Leaving Certificate Examination, 1909
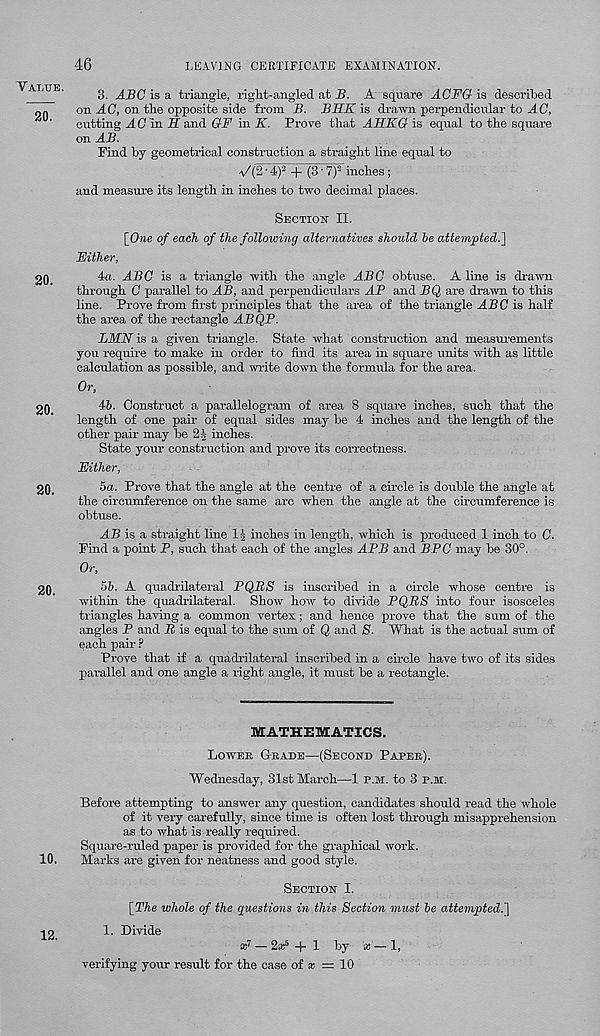
46
LEAVING CERTIFICATE EXAMINATION.
Value.
20.
20.
20.
20.
20.
10.
12.
3. ABC is a triangle, right-angled at B. A square ACFQ is described
on AC, on the opposite side from B. BKK is drawn perpendicular to AC,
cutting ACmS and GF in K. Prove that AHKG is equal to the square
on AB.
Find by geometrical construction a straight line equal to
-v/(2-4) 2 + (3'7) 2 inches;
and measure its length in inches to two decimal places.
Section II.
[One of each of the following alternatives should he attempted.]
Fither,
4a. ABC is a triangle with the angle ABC obtuse. A line is drawn
through C parallel to AB, and perpendiculars AP and BQ are drawn to this
line. Prove from first principles that the area of the triangle ABC is half
the area of the rectangle ABQP.
LMN is a given triangle. State what construction and measurements
you require to make in order to find its area in square units with as little
calculation as possible, and write down the formula for the area.
Or,
46. Construct a parallelogram of area 8 square inches, such that the
length of one pair of equal sides may be 4 inches and the length of the
other pair may be inches.
State your construction and prove its correctness.
Fither,
5a. Prove that the angle at the centre of a circle is double the angle at
the circumference on the same arc when the angle at the circumference is
obtuse.
AB is a straight line 1J inches in length, which is produced 1 inch to C.
Find a point P, such that each of the angles APB and BPC may be 30°.
Or,
56. A quadrilateral PQBS is inscribed in a circle whose centre is
within the quadrilateral. Show how to divide PQBS into four isosceles
triangles having a common vertex; and hence prove that the sum of the
angles P and B is equal to the sum of Q and S. What is the actual sum of
each pair ?
Prove that if a quadrilateral inscribed in a circle have two of its sides
parallel and one angle a right angle, it must be a rectangle.
MATHEMATICS.
Lower Grade—(Second Paper).
Wednesday, 31st March—1 p.m. to 3 p.ar.
Before attempting to answer any question, candidates should read the whole
of it very carefully, since time is often lost through misapprehension
as to what is really required.
Square-ruled paper is provided for the graphical work.
Marks are given for neatness and good style.
Section I.
[The whole of the questions in this Section must he attempted.]
1. Divide
x 1 — 2® 5 + 1 by
verifying your result for the case of a; = 10
x — 1,